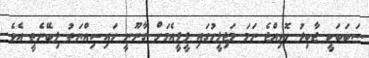
ސަބަބަކީ ޖާބިރު ހޮވިއްޖެ ނަމަ މަޖިލީހުގައި ޕީޕީއެމަށް ގާނޫނީ ހައިސިއްޔަތު ލިބޭނެތީ އެވެ.